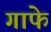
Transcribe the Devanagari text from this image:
गाफे